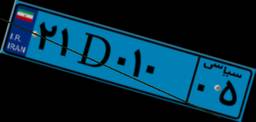
۲۱D۰۱۰۰۵